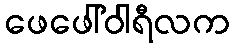
ဖေဖေါ်ဝါရီလက